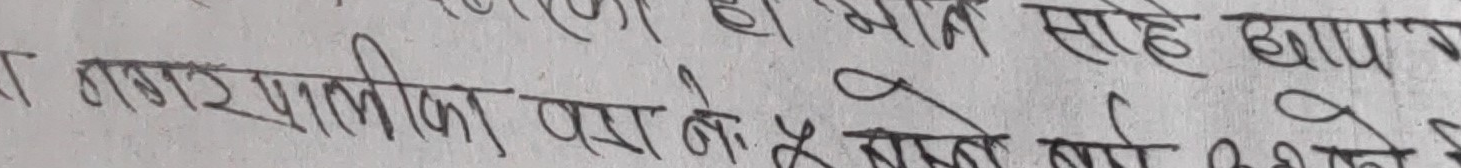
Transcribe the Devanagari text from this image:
प्राणप्राणका पस बेडे साले ताप उठा